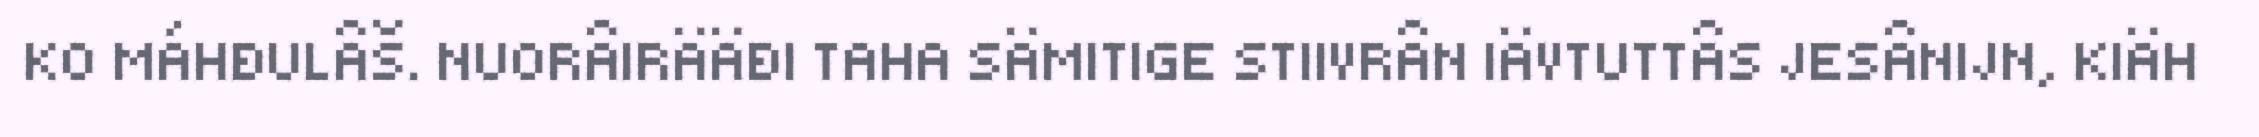
KO MÁHĐULÂŠ. NUORÂIRÄÄĐI TAHA SÄMITIGE STIIVRÂN IÄVTUTTÂS JESÂNIJN, KIÄH